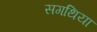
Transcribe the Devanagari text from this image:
सगथिया